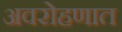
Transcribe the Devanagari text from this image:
अवरोहणात